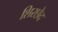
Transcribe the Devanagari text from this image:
शिरछेद